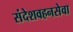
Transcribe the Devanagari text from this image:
संदेशवहनसेवा